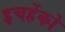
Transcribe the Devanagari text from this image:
इचहेंको